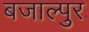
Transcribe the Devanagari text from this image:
बजाल्पुर